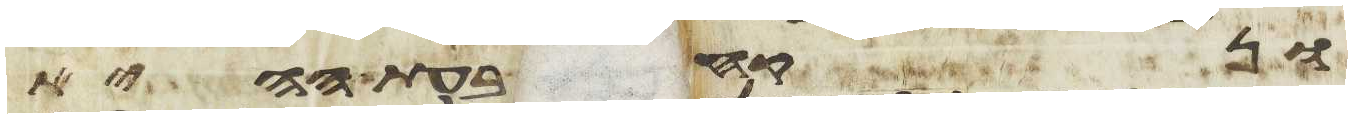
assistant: ונקח בעת ההיא